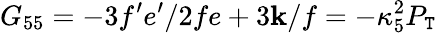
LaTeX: G_{55}=-3f^{\prime}e^{\prime}/2fe+3\mathbf{k}/f=-\kappa_{5}^{2}P_{\mathtt{T}}